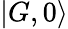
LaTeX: |G,0\rangle